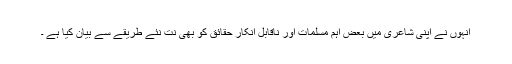
انہوں نے اپنی شاعری میں بعض اہم مسلمات اور ناقابل انکار حقائق کو بھی نت نئے طریقے سے بیان کیا ہے ۔